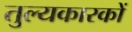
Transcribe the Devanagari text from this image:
तुल्यकारकों